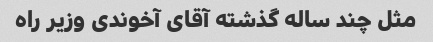
مثل چند ساله گذشته آقای آخوندی وزیر راه